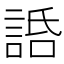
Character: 䛡